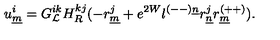
u _ { \underline { { m } } } ^ { i } = G _ { { \cal L } } ^ { i k } H _ { R } ^ { k j } ( - r _ { \underline { { m } } } ^ { j } + e ^ { 2 W } l ^ { ( -- ) \underline { { n } } } r _ { \underline { { n } } } ^ { j } r _ { \underline { { m } } } ^ { ( + + ) } ) .